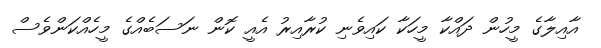
އާއިލާގެ މީހުން ދައްކާ މީހަކާ ކައިވެނި ކުރާއިރު އެއީ ކޮން ނަސަބެއްގެ މީހެއްކަންވެސް